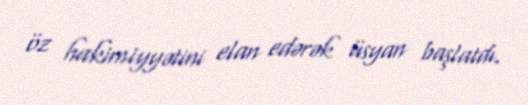
öz hakimiyyətini elan edərək üsyan başlatdı.